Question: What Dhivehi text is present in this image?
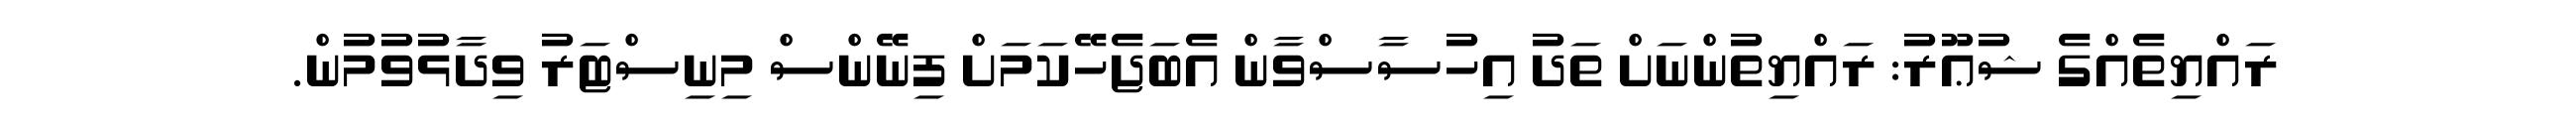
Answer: ރައްޔިތެއްގެ ޝުޢޫރު: ރައްޔިތުންނަށް ތަދު އިހުސާސްވާން އެބަޖެހޭކަމަށް ފިނޭންސް މިނިސްޓަރު ވިދާޅުވުމުން.